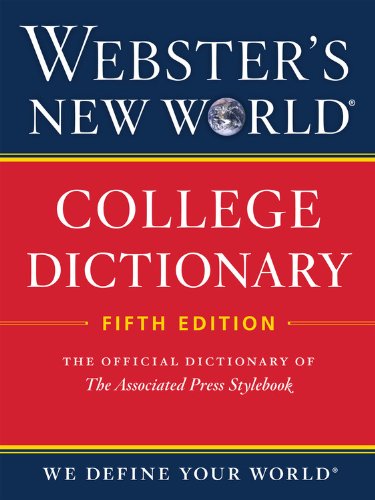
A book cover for Webster's New World College Dictionary, Fifth Edition; Editors of Webster's New World College Dictionaries; Reference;